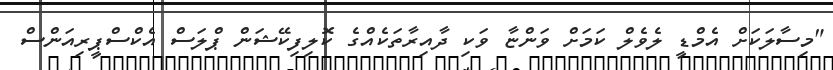
"މިސާލަކަށް އެމްޑީ ލެވެލް ކަމަށް ވަންޏާ ވަކި ދާއިރާތަކެއްގެ ކޮލިފިކޭޝަން ޕްލަސް އެކްސްޕީރިއަންސް